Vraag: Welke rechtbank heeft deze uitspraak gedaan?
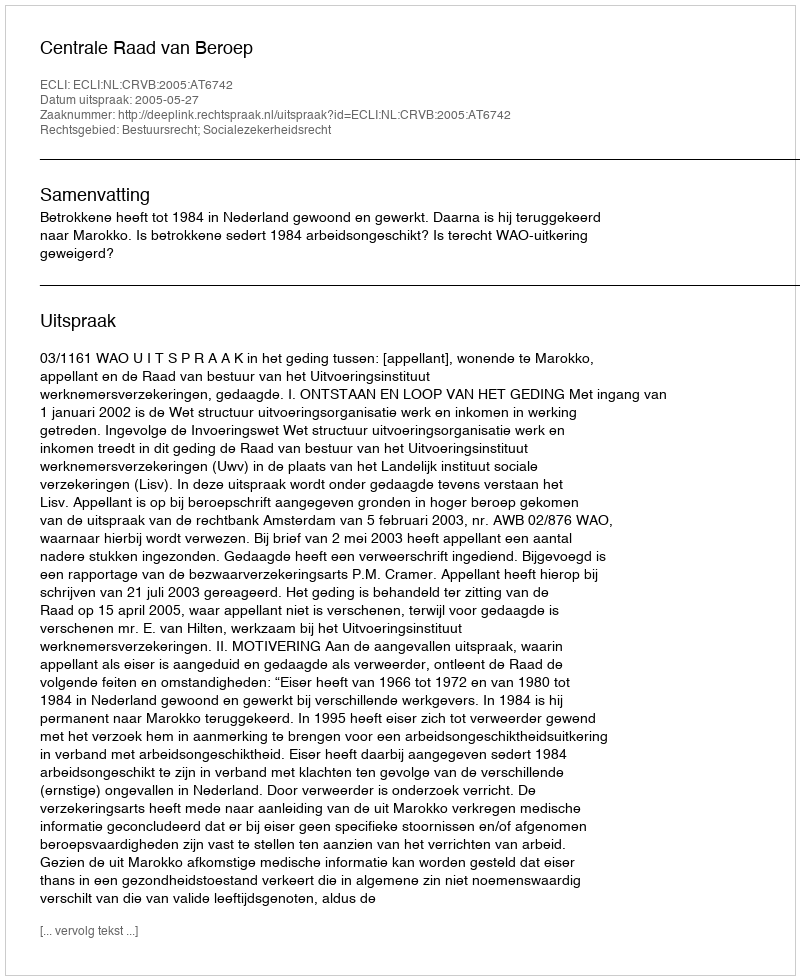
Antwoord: Centrale Raad van Beroep